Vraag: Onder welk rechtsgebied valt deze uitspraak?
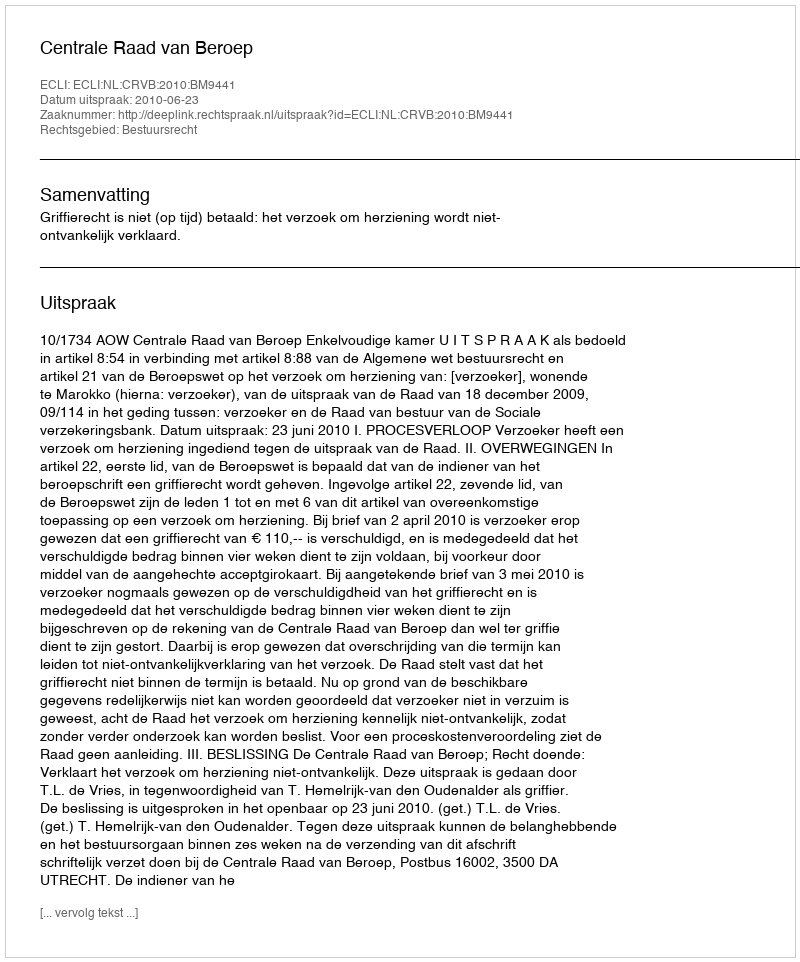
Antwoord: Bestuursrecht